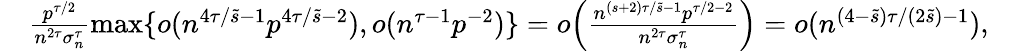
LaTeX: \begin{array}{rl}&{\frac{p^{\tau/2}}{n^{2\tau}\sigma_{n}^{\tau}}\operatorname*{max}\{ o(n^{4\tau/\tilde{s}-1}p^{4\tau/\tilde{s}-2}),o(n^{\tau-1}p^{-2})\} =o\Big(\frac{n^{(s+2)\tau/\tilde{s}-1}p^{\tau/2-2}}{n^{2\tau}\sigma_{n}^{\tau}}\Big)=o(n^{(4-\tilde{s})\tau/(2\tilde{s})-1}),\phantom{abs}}\end{array}